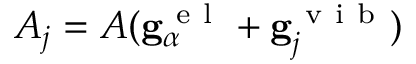
A _ { j } = A ( \mathbf { g } _ { \alpha } ^ { \mathrm { ~ e ~ l ~ } } + \mathbf { g } _ { j } ^ { \mathrm { ~ v ~ i ~ b ~ } } )